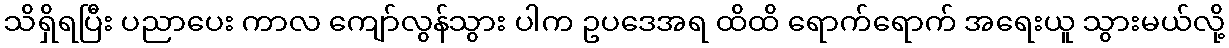
သိရှိရပြီး ပညာပေး ကာလ ကျော်လွန်သွား ပါက ဥပဒေအရ ထိထိ ရောက်ရောက် အရေးယူ သွားမယ်လို့